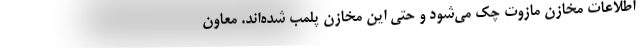
اطلاعات مخازن مازوت چک می‌شود و حتی این مخازن پلمب شده‌اند. معاون